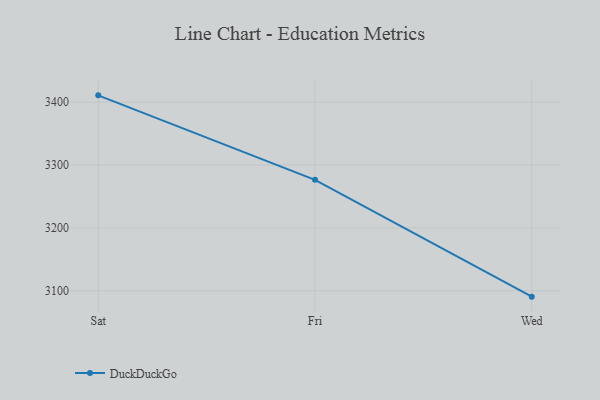
{"axis": {"x": "Day", "y": "Website Visitors"}, "legend": ["DuckDuckGo"], "data": [{"x": "Sat", "y": 3410.7, "type": "DuckDuckGo"}, {"x": "Fri", "y": 3276.3, "type": "DuckDuckGo"}, {"x": "Wed", "y": 3090.6, "type": "DuckDuckGo"}]}